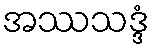
အဿသဒ္ဒံ